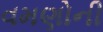
વમણોની